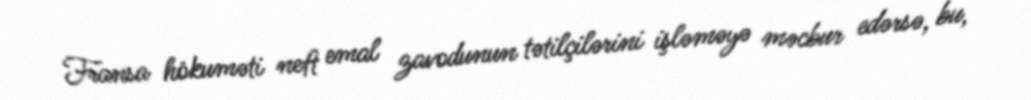
Fransa hökuməti neft emal zavodunun tətilçilərini işləməyə məcbur edərsə, bu,